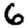
Digit: 6